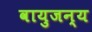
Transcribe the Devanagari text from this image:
वायुजन्य